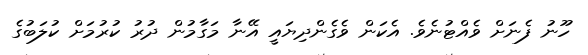
ހޫނު ފެނަށް ވެއްޓުނެވެ. އެކަން ވެގެންދިޔައީ އޭނާ މަގާމުން ދުރު ކުރުމަށް ކުލަބުގެ